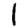
Digit: 1